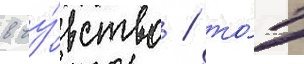
в чу́вство / то́т